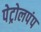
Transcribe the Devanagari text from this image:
पेट्रोलपंप